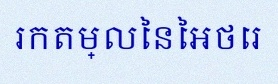
រកតម្លៃនៃអថេរ